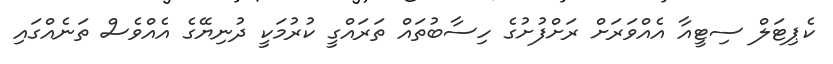
ކެޕިޓަލް ސިޓީއާ އެއްވަރަށް ރަށްފުށުގެ ހިސާބުތައް ތަރައްގީ ކުރުމަކީ ދުނިޔޭގެ އެއްވެސް ތަނެއްގައި